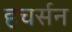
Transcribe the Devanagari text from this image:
हचर्सन